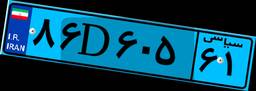
۸۶D۶۰۵۶۱